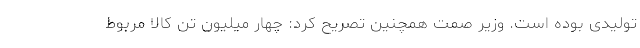
تولیدی بوده است. وزیر صمت همچنین تصریح کرد: چهار میلیون تن کالا مربوط